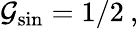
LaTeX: \mathcal{G}_{\mathrm{{sin}}}=1/2\: ,